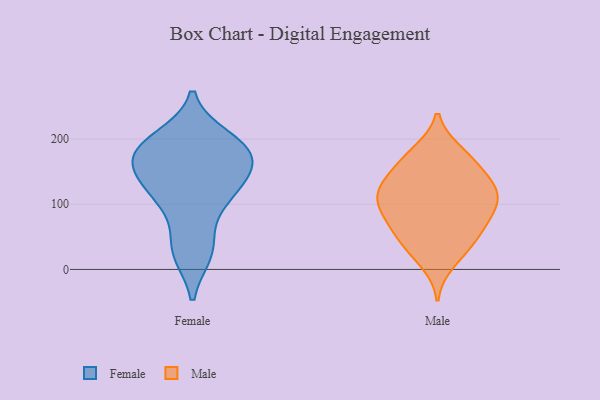
{"axis": {"x": "Market Share (%)", "y": "Value"}, "legend": ["Female", "Male"], "data": [{"x": "", "y": 34, "type": "Female"}, {"x": "", "y": 26, "type": "Female"}, {"x": "", "y": 200, "type": "Female"}, {"x": "", "y": 182, "type": "Female"}, {"x": "", "y": 114, "type": "Female"}, {"x": "", "y": 179, "type": "Female"}, {"x": "", "y": 104, "type": "Female"}, {"x": "", "y": 132, "type": "Female"}, {"x": "", "y": 185, "type": "Female"}, {"x": "", "y": 167, "type": "Female"}, {"x": "", "y": 148, "type": "Female"}, {"x": "", "y": 129, "type": "Male"}, {"x": "", "y": 65, "type": "Male"}, {"x": "", "y": 35, "type": "Male"}, {"x": "", "y": 181, "type": "Male"}, {"x": "", "y": 162, "type": "Male"}, {"x": "", "y": 103, "type": "Male"}, {"x": "", "y": 56, "type": "Male"}, {"x": "", "y": 87, "type": "Male"}, {"x": "", "y": 138, "type": "Male"}, {"x": "", "y": 32, "type": "Male"}, {"x": "", "y": 159, "type": "Male"}, {"x": "", "y": 58, "type": "Male"}, {"x": "", "y": 90, "type": "Male"}, {"x": "", "y": 131, "type": "Male"}, {"x": "", "y": 112, "type": "Male"}, {"x": "", "y": 116, "type": "Male"}, {"x": "", "y": 10, "type": "Male"}, {"x": "", "y": 117, "type": "Male"}, {"x": "", "y": 180, "type": "Male"}, {"x": "", "y": 88, "type": "Male"}]}